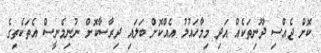
ކޮށް ޖެއްސި ދޫނިތަކެއް އަދި މިމާހައުލު އެއްކޮށް ބަލައި ދިރާސާކޮށް ނުނިމެނީސް އެތަކެތިގެ